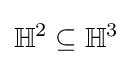
\mathbb {H} ^{2}\subseteq \mathbb {H} ^{3}